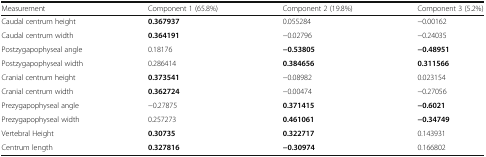
<table><thead><tr><td><b>Measurement</b></td><td><b>Component 1 (65.8%)</b></td><td><b>Component 2 (19.8%)</b></td><td><b>Component 3 (5.2%)</b></td></tr></thead><tbody><tr><td>Caudal centrum height</td><td><b>0.367937</b></td><td>0.055284</td><td>−0.00162</td></tr><tr><td>Caudal centrum width</td><td><b>0.364191</b></td><td>−0.02796</td><td>−0.24035</td></tr><tr><td>Postzygapophyseal angle</td><td>0.18176</td><td><b>−0.53805</b></td><td><b>−0.48951</b></td></tr><tr><td>Postzygapophyseal width</td><td>0.286414</td><td><b>0.384656</b></td><td><b>0.311566</b></td></tr><tr><td>Cranial centrum height</td><td><b>0.373541</b></td><td>−0.08982</td><td>0.023154</td></tr><tr><td>Cranial centrum width</td><td><b>0.362724</b></td><td>−0.00474</td><td>−0.27056</td></tr><tr><td>Prezygapophyseal angle</td><td>−0.27875</td><td><b>0.371415</b></td><td><b>−0.6021</b></td></tr><tr><td>Prezygapophyseal width</td><td>0.257273</td><td><b>0.461061</b></td><td><b>−0.34749</b></td></tr><tr><td>Vertebral Height</td><td><b>0.30735</b></td><td><b>0.322717</b></td><td>0.143931</td></tr><tr><td>Centrum length</td><td><b>0.327816</b></td><td><b>−0.30974</b></td><td>0.166802</td></tr></tbody></table>